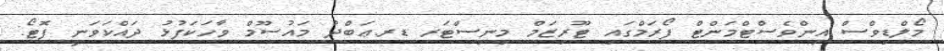
މޯލްޑިވްސް އިންވެސްޓްމަންޓް ފޯރަމްގައި ޓޫރިޒަމް މިނިސްޓަރ ޑރ.ޢަބްދު މައުސޫމް ވާހަކަފުޅު ދައްކަވަނީ ފޮޓޯ: